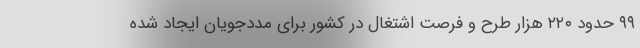
۹۹ حدود ۲۲۰ هزار طرح و فرصت اشتغال در کشور برای مددجویان ایجاد شده